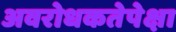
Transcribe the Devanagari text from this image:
अवरोधकतेपेक्षा